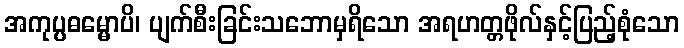
အကုပ္ပဓမ္မောပိ၊ ပျက်စီးခြင်းသဘောမှရိသော အရဟတ္တဖိုလ်နှင့်ပြည့်စုံသော